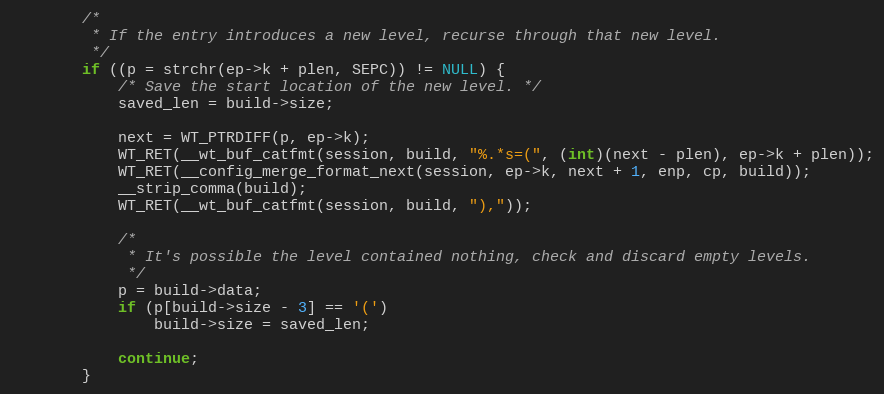
Language: C
        /*
         * If the entry introduces a new level, recurse through that new level.
         */
        if ((p = strchr(ep->k + plen, SEPC)) != NULL) {
            /* Save the start location of the new level. */
            saved_len = build->size;

            next = WT_PTRDIFF(p, ep->k);
            WT_RET(__wt_buf_catfmt(session, build, "%.*s=(", (int)(next - plen), ep->k + plen));
            WT_RET(__config_merge_format_next(session, ep->k, next + 1, enp, cp, build));
            __strip_comma(build);
            WT_RET(__wt_buf_catfmt(session, build, "),"));

            /*
             * It's possible the level contained nothing, check and discard empty levels.
             */
            p = build->data;
            if (p[build->size - 3] == '(')
                build->size = saved_len;

            continue;
        }